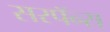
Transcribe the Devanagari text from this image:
सरपॅन्स